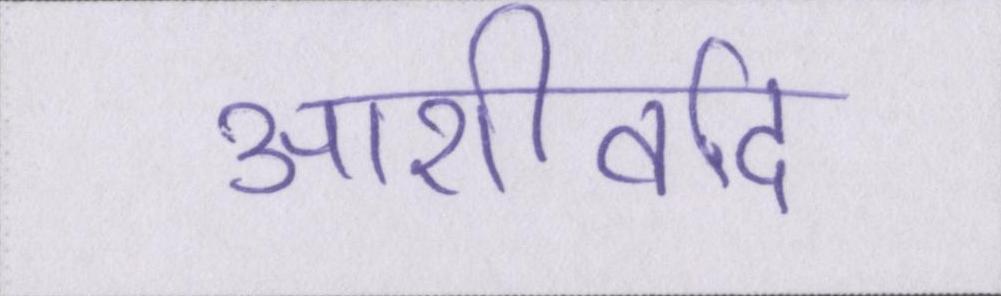
आशीर्वाद